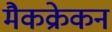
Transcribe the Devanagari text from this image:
मैकक्रेकन